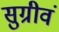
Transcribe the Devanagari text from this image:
सुग्रीवं